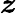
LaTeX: \boldsymbol{z}